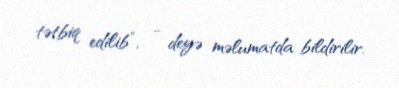
tətbiq edilib”, - deyə məlumatda bildirilir.